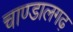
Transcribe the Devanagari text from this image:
चाण्डालगढ़